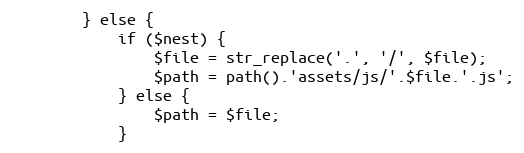
Language: PHP
        } else {
            if ($nest) {
                $file = str_replace('.', '/', $file);
                $path = path().'assets/js/'.$file.'.js';
            } else {
                $path = $file;
            }